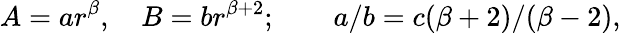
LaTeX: A=ar^{\beta},\quad B=br^{\beta+2};\qquad a/b=c(\beta+2)/(\beta-2),